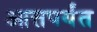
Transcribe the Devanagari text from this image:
आत्तपर्यंत